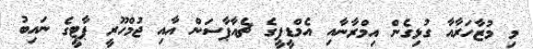
މި މުޒާހަރާއާ ގުޅިގެން އިމްރާނާއި އެމްޑީޕީގެ ޗެއާޕާސަން އާއި ޖުމްހޫރީ ޕާޓީގެ ނައިބު